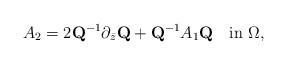
LaTeX: \begin{align*}A_2=2\mbox{\bf Q}^{-1}\partial_{\bar z}\mbox{\bf Q}+\mbox{\bf Q}^{-1}A_1\mbox{\bf Q}\quad\mbox{in}\,\,\Omega,\end{align*}